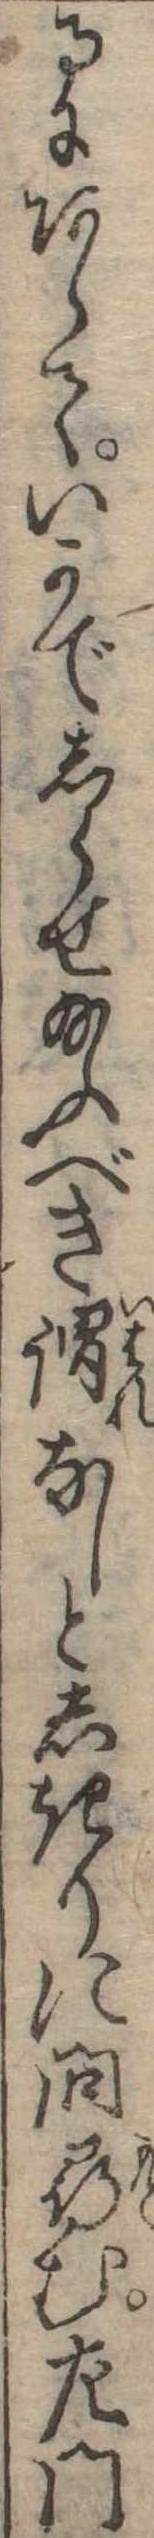
るにあらでいかでしらせ給ふべき謂なしとしきりに問尋む左門